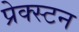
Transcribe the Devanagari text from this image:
प्रेक्स्टन